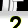
Digit: 2